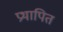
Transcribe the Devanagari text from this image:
प्रथापित